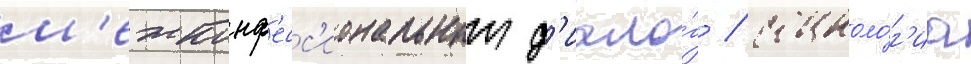
м'ежконф'есс'иональныи д'иало́г / социоло́г'иа